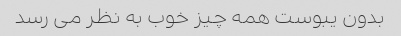
بدون یبوست همه چیز خوب به نظر می رسد